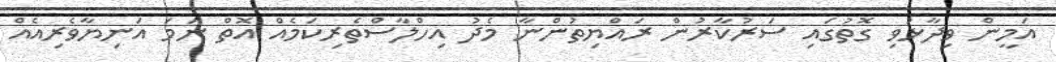
އަމީން ވިދާޅުވި ގޮތުގައި ސަރުކާރުން ރައްޔިތުންނާ މެދު އިހްލާސްތެރިކަމެއް އޮތް ނަމަ އަނިޔާވެރިއެއް